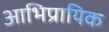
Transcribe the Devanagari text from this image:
आभिप्रायिक